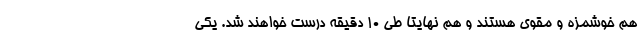
هم خوشمزه و مقوی هستند و هم نهایتا طی 10 دقیقه درست خواهند شد. یکی